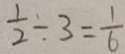
\frac { 1 } { 2 } \div 3 = \frac { 1 } { 6 }